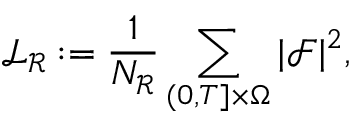
\mathcal { L } _ { \mathcal { R } } : = \frac { 1 } { N _ { \mathcal { R } } } \sum _ { ( 0 , T ] \times \Omega } | \mathcal { F } | ^ { 2 } ,